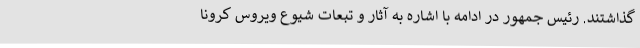
گذاشتند. رئیس جمهور در ادامه با اشاره به آثار و تبعات شیوع ویروس کرونا